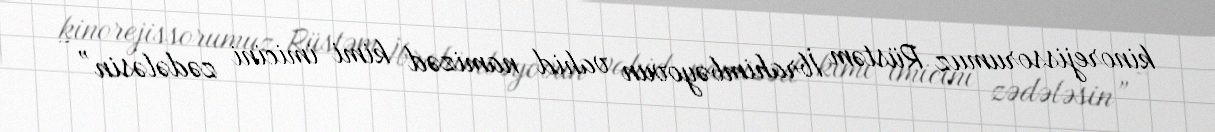
kinorejissorumuz Rüstəm İbrahimbəyovun vahid namizəd kimi imicini zədələsin” -